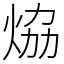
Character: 㶸